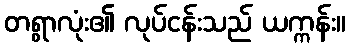
တရွာလုံး၏ လုပ်ငန်းသည် ယက္ကန်း။